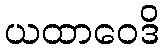
ယထာဝေဒိ